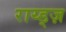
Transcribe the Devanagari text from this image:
राय्ड्ज़